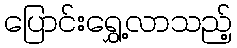
ပြောင်းရွှေ့လာသည့်